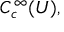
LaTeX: C _ { c } ^ { \infty } ( U ) ,